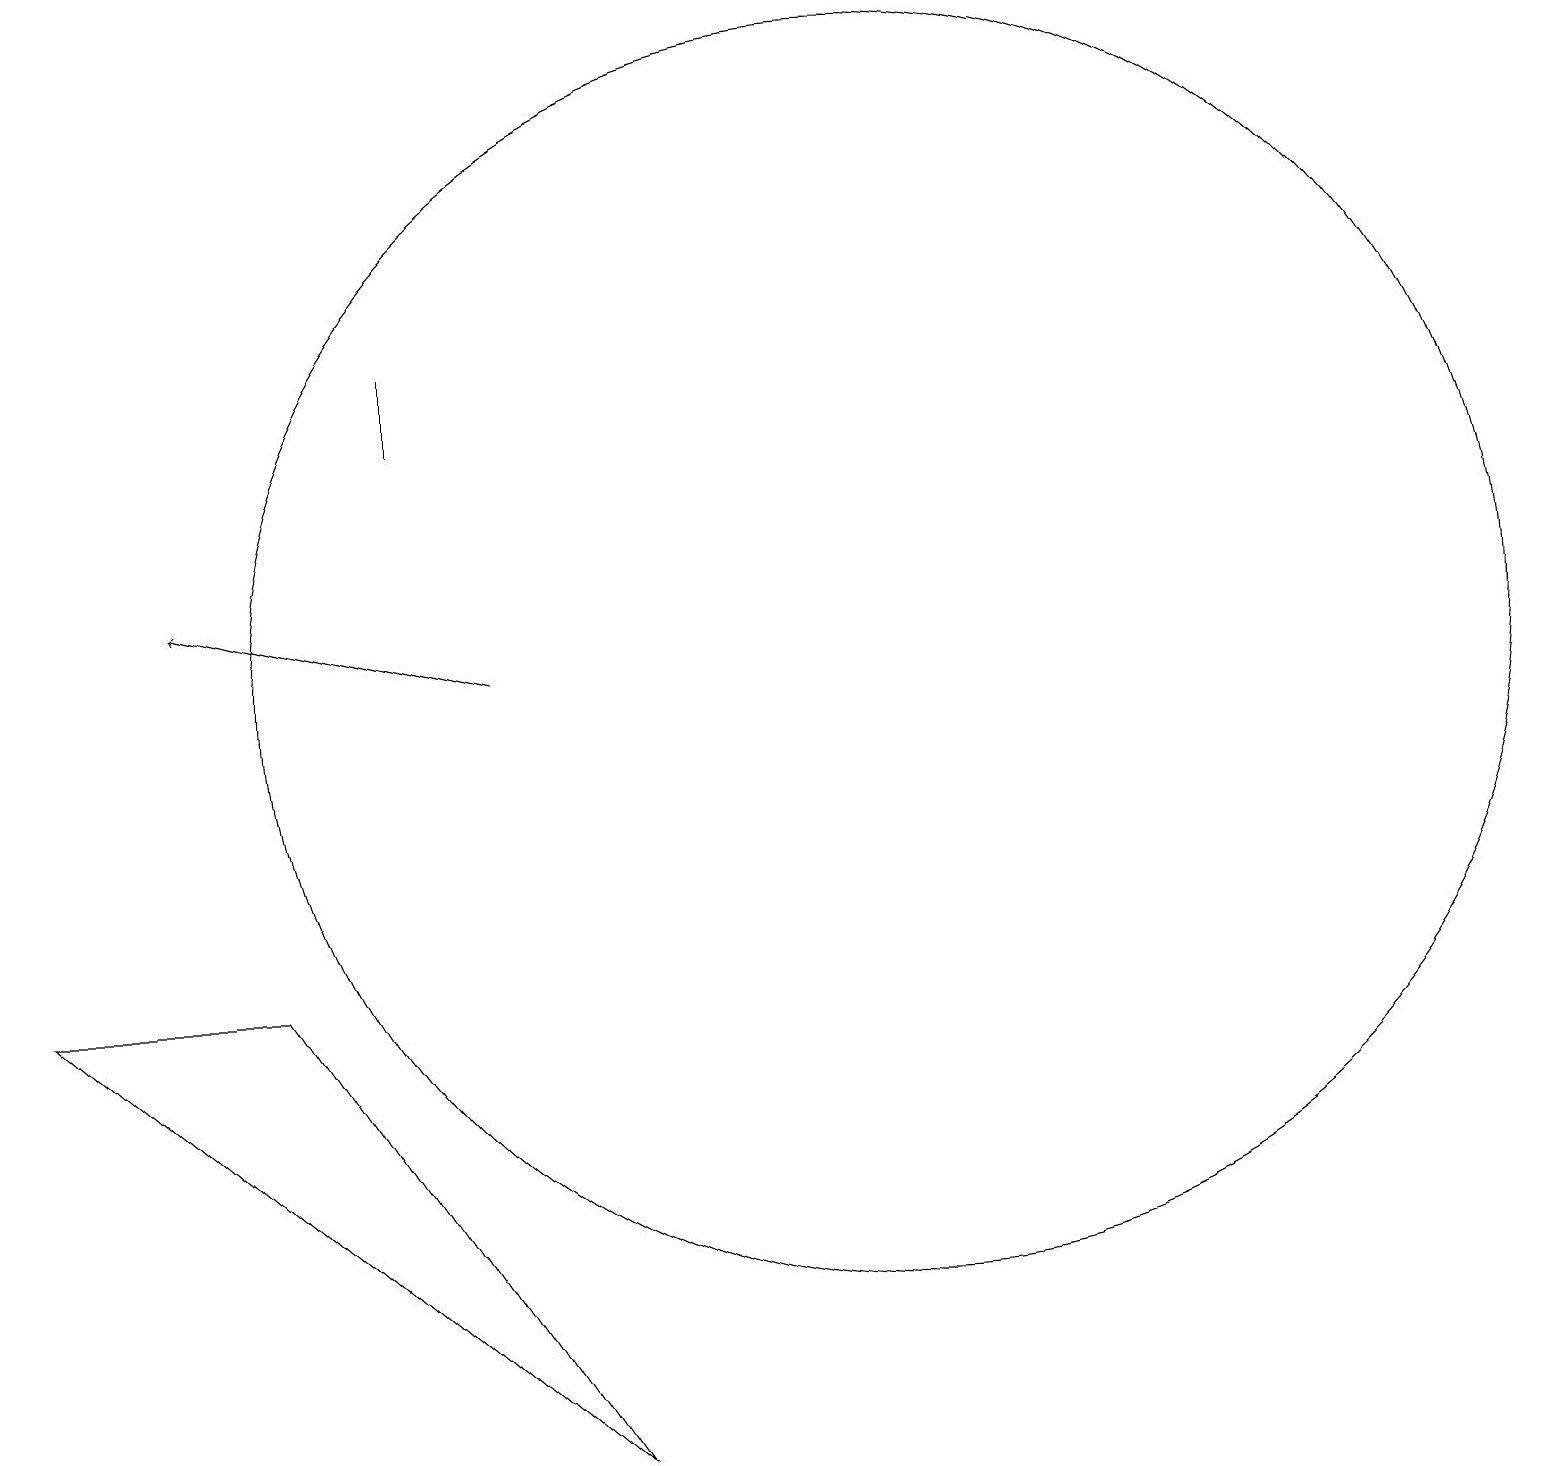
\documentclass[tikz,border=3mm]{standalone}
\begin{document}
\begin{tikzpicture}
\draw (12,10) circle (8);
\draw (4,6) -- (8,0) -- (1,6) -- cycle;
\draw (6,14) rectangle (6,13);
\draw[->] (7,10) -- (3,11);
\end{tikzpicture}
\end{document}